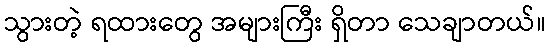
သွားတဲ့ ရထားတွေ အများကြီး ရှိတာ သေချာတယ်။